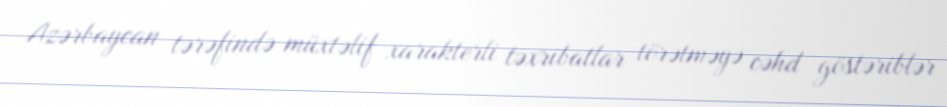
Azərbaycan tərəfində müxtəlif xarakterli təxribatlar törətməyə cəhd göstəriblər